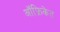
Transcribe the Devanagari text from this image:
ऑफ्रिकेत